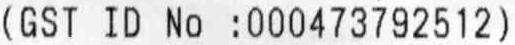
(GST ID NO :000473792512)